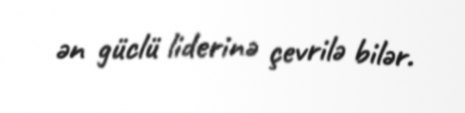
ən güclü liderinə çevrilə bilər.